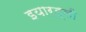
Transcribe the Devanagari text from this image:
इयार्ड्ली